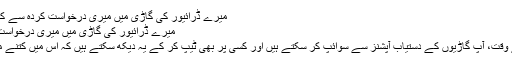
میرے ڈرائيور کی گاڑی میں میری درخواست کردہ سے کم سیٹیں تھی | Uber مدد
میرے ڈرائيور کی گاڑی میں میری درخواست کردہ سے کم سیٹیں تھی
سفر کی درخواست کرتے وقت، آپ گاڑیوں کے دستیاب آپشنز سے سوائپ کر سکتے ہیں اور کسی پر بھی ٹیپ کر کے یہ دیکھ سکتے ہیں کہ اس میں کتنے مسافر سفر کر سکتے ہیں۔